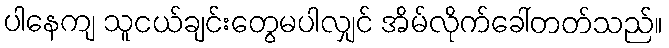
ပါနေကျ သူငယ်ချင်းတွေမပါလျှင် အိမ်လိုက်ခေါ်တတ်သည်။